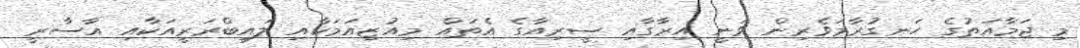
މި ޖަމާއަތުގެ ހަނގުރާމަވެރިން ވަނީ އިރާގާއި ސީރިއާގެ އެތައް މިއުޒިއަމަކާއި ލައިބްރަރީއަކާއި އާސާރީ